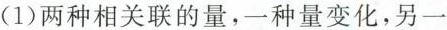
(1) 两种相关联的量，一种量变化，另一